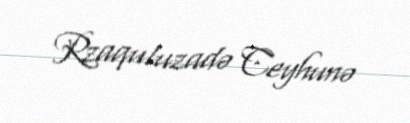
Rzaquluzadə Ceyhunə